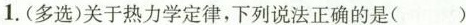
1.(多选)关于热力学定律，下列说法正确的是( )